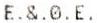
E.&.0.E.